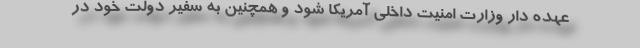
عهده دار وزارت امنیت داخلی آمریکا شود و همچنین به سفیر دولت خود در